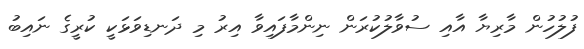
ފުލުހުން މާރިޔާ އާއި ސުވާލުކުރަން ނިންމާފައިވާ އިރު މި ދަނޑިވަޅަކީ ކުރީގެ ނައިބު